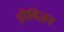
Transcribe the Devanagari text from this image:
ड़ीविज़न